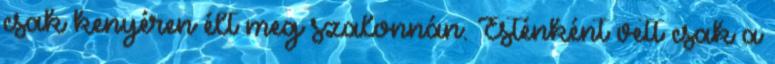
csak kenyéren élt meg szalonnán. Esténként vett csak a